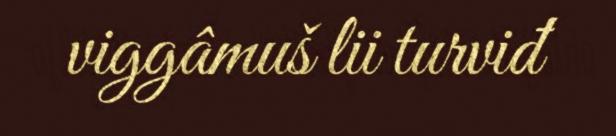
viggâmuš lii turviđ